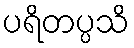
ပရိတပ္ပသိ